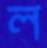
ল